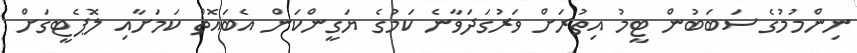
ނިންމުމުގެ ސަބަބުން ޓީމު އިތުރަށް ވަރުގަދަވާނެ ކަމުގެ ޔަގީންކަން އެބައޮތް ކަމަށާއި ލޮޕެޓީގަށް